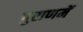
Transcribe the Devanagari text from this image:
पुराणमें